Indian journal of veterinary science and animal husbandry - Volume 7,
Year: 1937
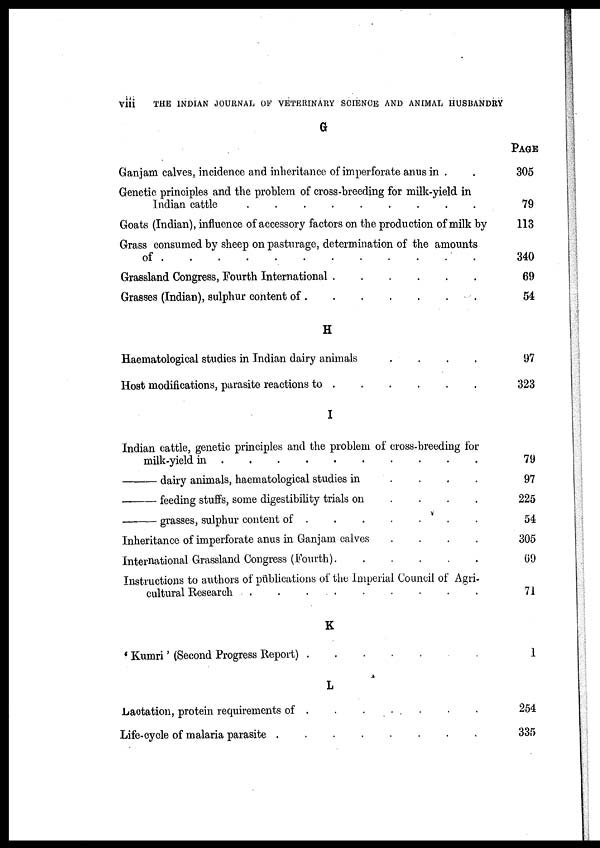
viii
THE INDIAN JOURNAL OF VETERINARY SCIENCE AND ANIMAL HUSBANDRY
G
Ganjam calves, incidence and inheritance of imperforate anus in . .
Genetic principles and the problem of cross-breeding for milk-yield in
Indian cattle
.
.
.
.
.
.
.
.
.
.
Goats (Indian), influence of accessory factors on the production of milk by
Grass consumed by sheep on pasturage, determination of the amounts
of
.
.
.
.
.
.
.
.
.
.
.
.
Grassland Congress, Fourth International
.
.
.
.
.
.
Grasses (Indian), sulphur content of
.
.
.
.
.
.
.
H
Haematological studies in Indian dairy animals
.
.
.
.
Host modifications, parasite reactions to
.
.
.
.
.
.
I
Indian cattle, genetic principles and the problem of cross-breeding for
milk-yield in
.
.
.
.
.
.
.
.
.
.
.
————dairy animals, haematological studies in
.
.
.
.
—————feeding
stuffs, some digestibility trials on . . . .
————grasses, sulphur content of . . . . . . . .
Inheritance of imperforate anus in Ganjam calves
.
.
.
.
International Grassland Congress (Fourth)
.
.
.
.
.
.
Instructions to authors of publications of the Imperial Council of Agri-
cultural Research
.
.
.
.
.
.
.
.
.
K
' Kumri ' (Second Progress Report) . . . . . .
L
Lactation, protein requirements of . . . . . . .
Life-cycle of malaria parasite
.
.
.
.
.
.
.
.
PAGE
305
79
113
340
69
54
97
323
79
97
225
54
305
69
71
1
254
335